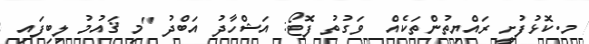
މ.ކޮޅުފުށީ ރައްޔިތުންތަކެއް  ވަގުތު ފޮޓޯ: އަޝްހާދު އަބްދު "މި ޤައުމު ލިބިފައި